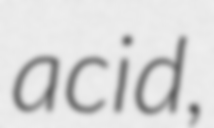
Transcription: acid,